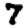
Digit: 7